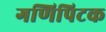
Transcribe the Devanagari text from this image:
गणिपिटक